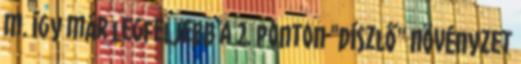
m. Így már legfeljebb a 2. ponton "díszlő" növényzet